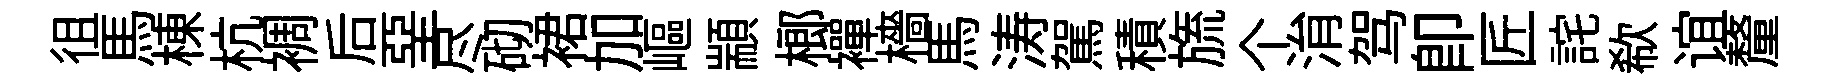
徂馬棟杭裯后堊尽砌裙加嶇顓榔襌檣馬涛駕積旒个㳙驾卽匠詫欷谊釐